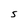
Character: S